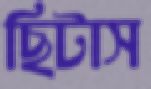
ছিটাস